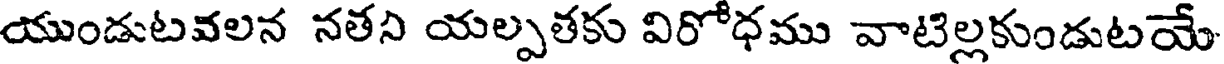
యుండుటవలన నతని యల్పతకు విరోధము వాటిల్లకుండుటయే